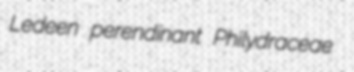
Ledeen perendinant Philydraceae